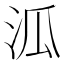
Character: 泒